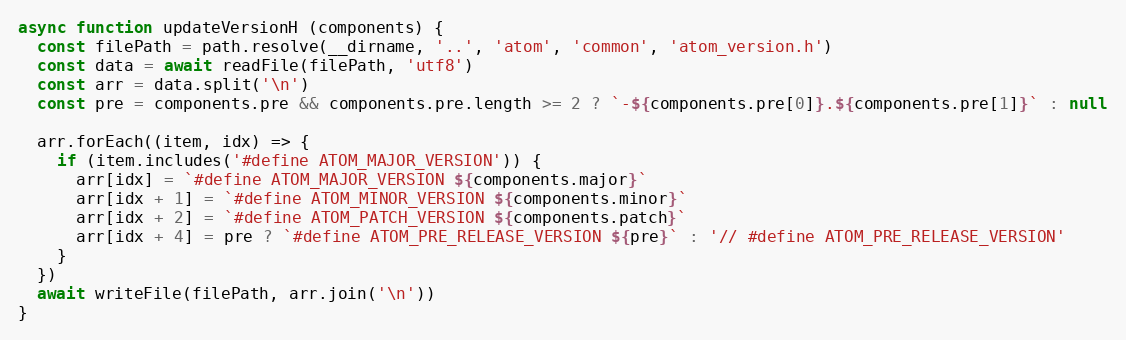
Language: JavaScript
async function updateVersionH (components) {
  const filePath = path.resolve(__dirname, '..', 'atom', 'common', 'atom_version.h')
  const data = await readFile(filePath, 'utf8')
  const arr = data.split('\n')
  const pre = components.pre && components.pre.length >= 2 ? `-${components.pre[0]}.${components.pre[1]}` : null

  arr.forEach((item, idx) => {
    if (item.includes('#define ATOM_MAJOR_VERSION')) {
      arr[idx] = `#define ATOM_MAJOR_VERSION ${components.major}`
      arr[idx + 1] = `#define ATOM_MINOR_VERSION ${components.minor}`
      arr[idx + 2] = `#define ATOM_PATCH_VERSION ${components.patch}`
      arr[idx + 4] = pre ? `#define ATOM_PRE_RELEASE_VERSION ${pre}` : '// #define ATOM_PRE_RELEASE_VERSION'
    }
  })
  await writeFile(filePath, arr.join('\n'))
}